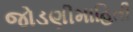
જોડણીમાહિતી